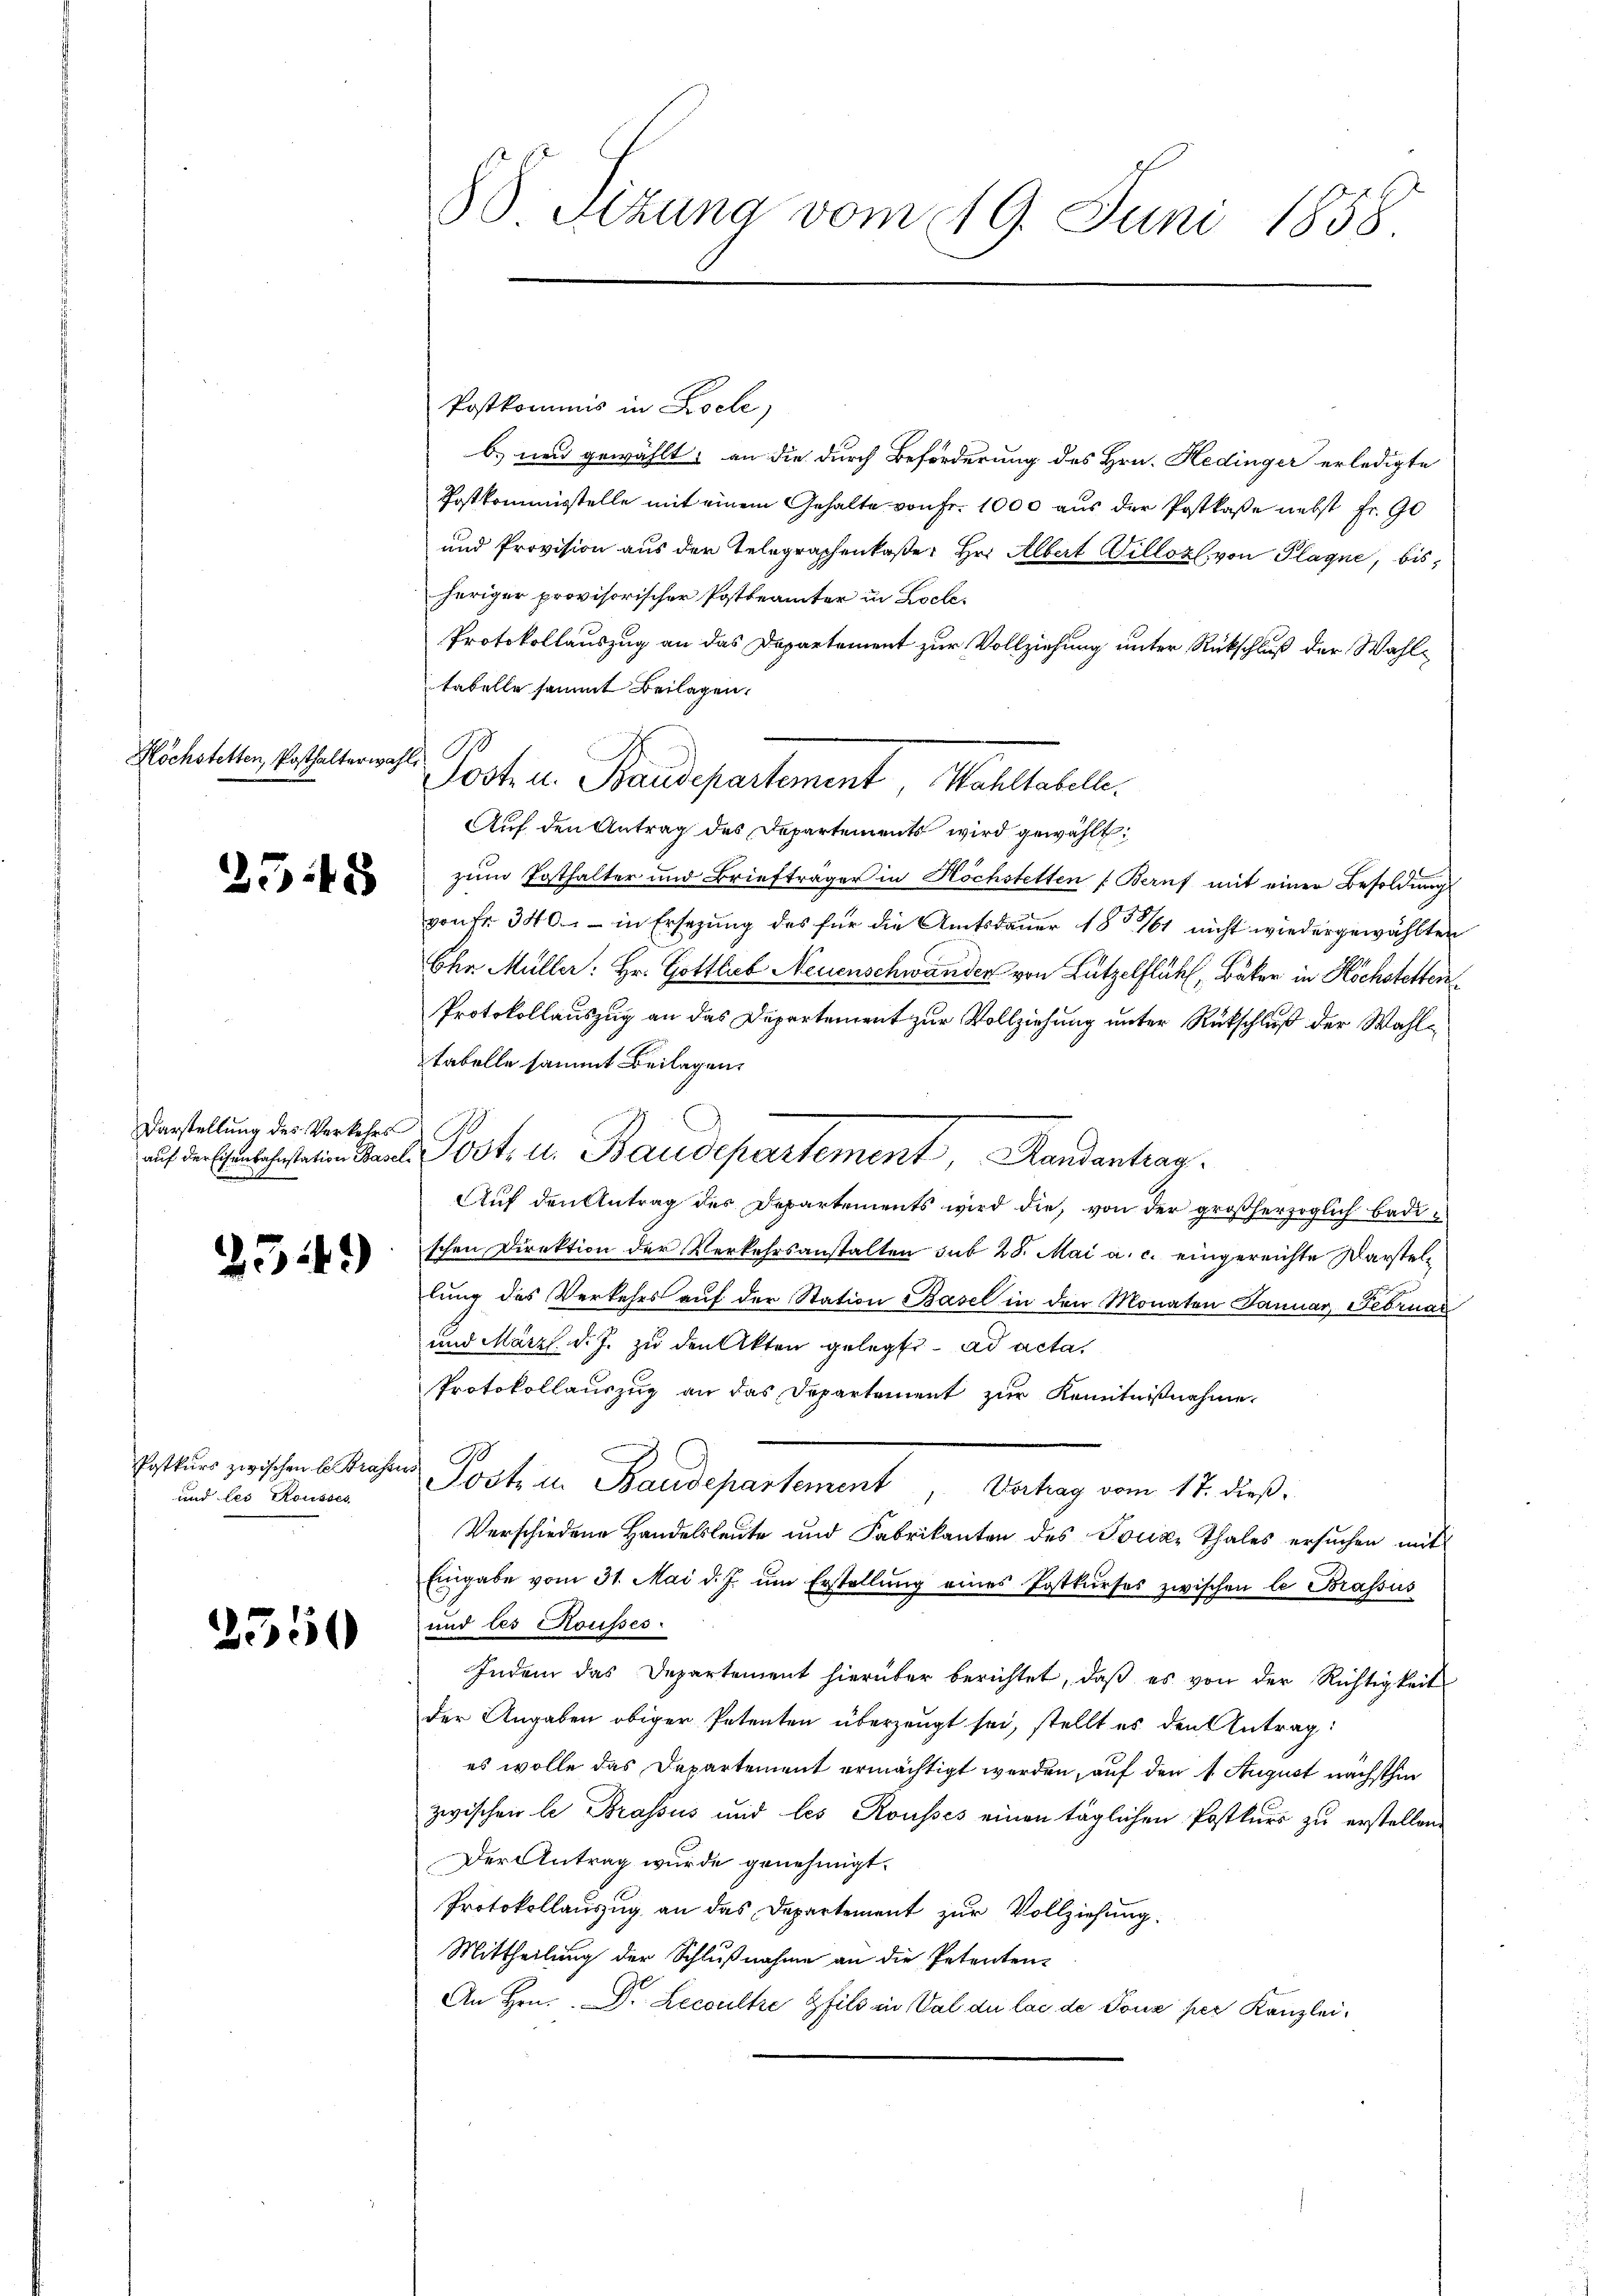
Köchstetten, Posthalterwahl P

2545

Darstellung des Verkehrs

2349)

Postkurs zwischen E. Strafe
und les Rousses

2550

88. Sizung vom 19. Juni 1858

. Post u. Baudepartement, Randantrag

Postkommis in Koch,
b. und gewählt; an die durch Beförderung des Hrn. Hedinger erledigte
Postkommisstelle mit einem Gehalte von Fr. 1000 aus der Postkasse nebst Fr. 90
und Provision aus der Telegraphenkaße: Hr. Albert Willoz, von Plagne, bisheriger provisorischer Postbeamter in Loche¬
Protokollauszug an das Departement zur Vollziehung unter Rückschluß der Wahltabelle sammt Beilagen.
Jost u. Baudepartement, Wahltabelle.
Auf den Antrag des Departements wird gewählt:
zum Posthalter und Briefträger in Höchstelten Beruf mit einer Besoldungs-
von Fr. 340.- in Ersezung des für die Amtsdauer 1861 nicht wiedergewählten
Ehr Müller: Hr. Gottlieb Neuenschwander von Lützelflühl, Bäker in Höchstetten
Protokollauszug an das Departement zur Vollziehung unter Rückschluß der Wahltabelle sammt Beilagen.
Auf den Antrag der Departements wird die, von der großherzoglich badischen Direktion der Verkehrsanstalten sub 28. Mai a. c. eingereichte Darstellung des Verkehrs aŭf der Station Basel in den Monaten Januar, Februar
und März d. J. zu den Akten gelegt ad acta,
Protokollauszug an das Departement zur Kenntnißnahme
f
Post u. Baudepartement Verhag vom 17. dieß.
Verschiedene Handelsleute und Fabrikanten des Polize Thales ersuchen mit
Eingabe vom 31. Mai d. J. um Erstellung eines Postkŭrses zwischen le Brassis
und les Rousses.
Indem das Departement hierüber berichtet, daβ es von der Richtigkeit
der Angaben obiger Petenten überzeugt sei, stellt es den Antrag:
es wolle das Departement ermächtigt werden, auf den 1. August nächsthin
zwischen le Brassus und les Rousses einen täglichen Postkurs zu erstellen.
Der Antrag wurde genehmigt.
Protokollauszug an das Departement zur Vollziehung.
Mittheilung der Schlußnahme an die Petenten-
An Hrn. Dr Lecoultre fils in Val du las de Tone per Kanzlei,